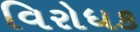
વિરોધક